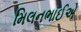
મિલનભાઈએ